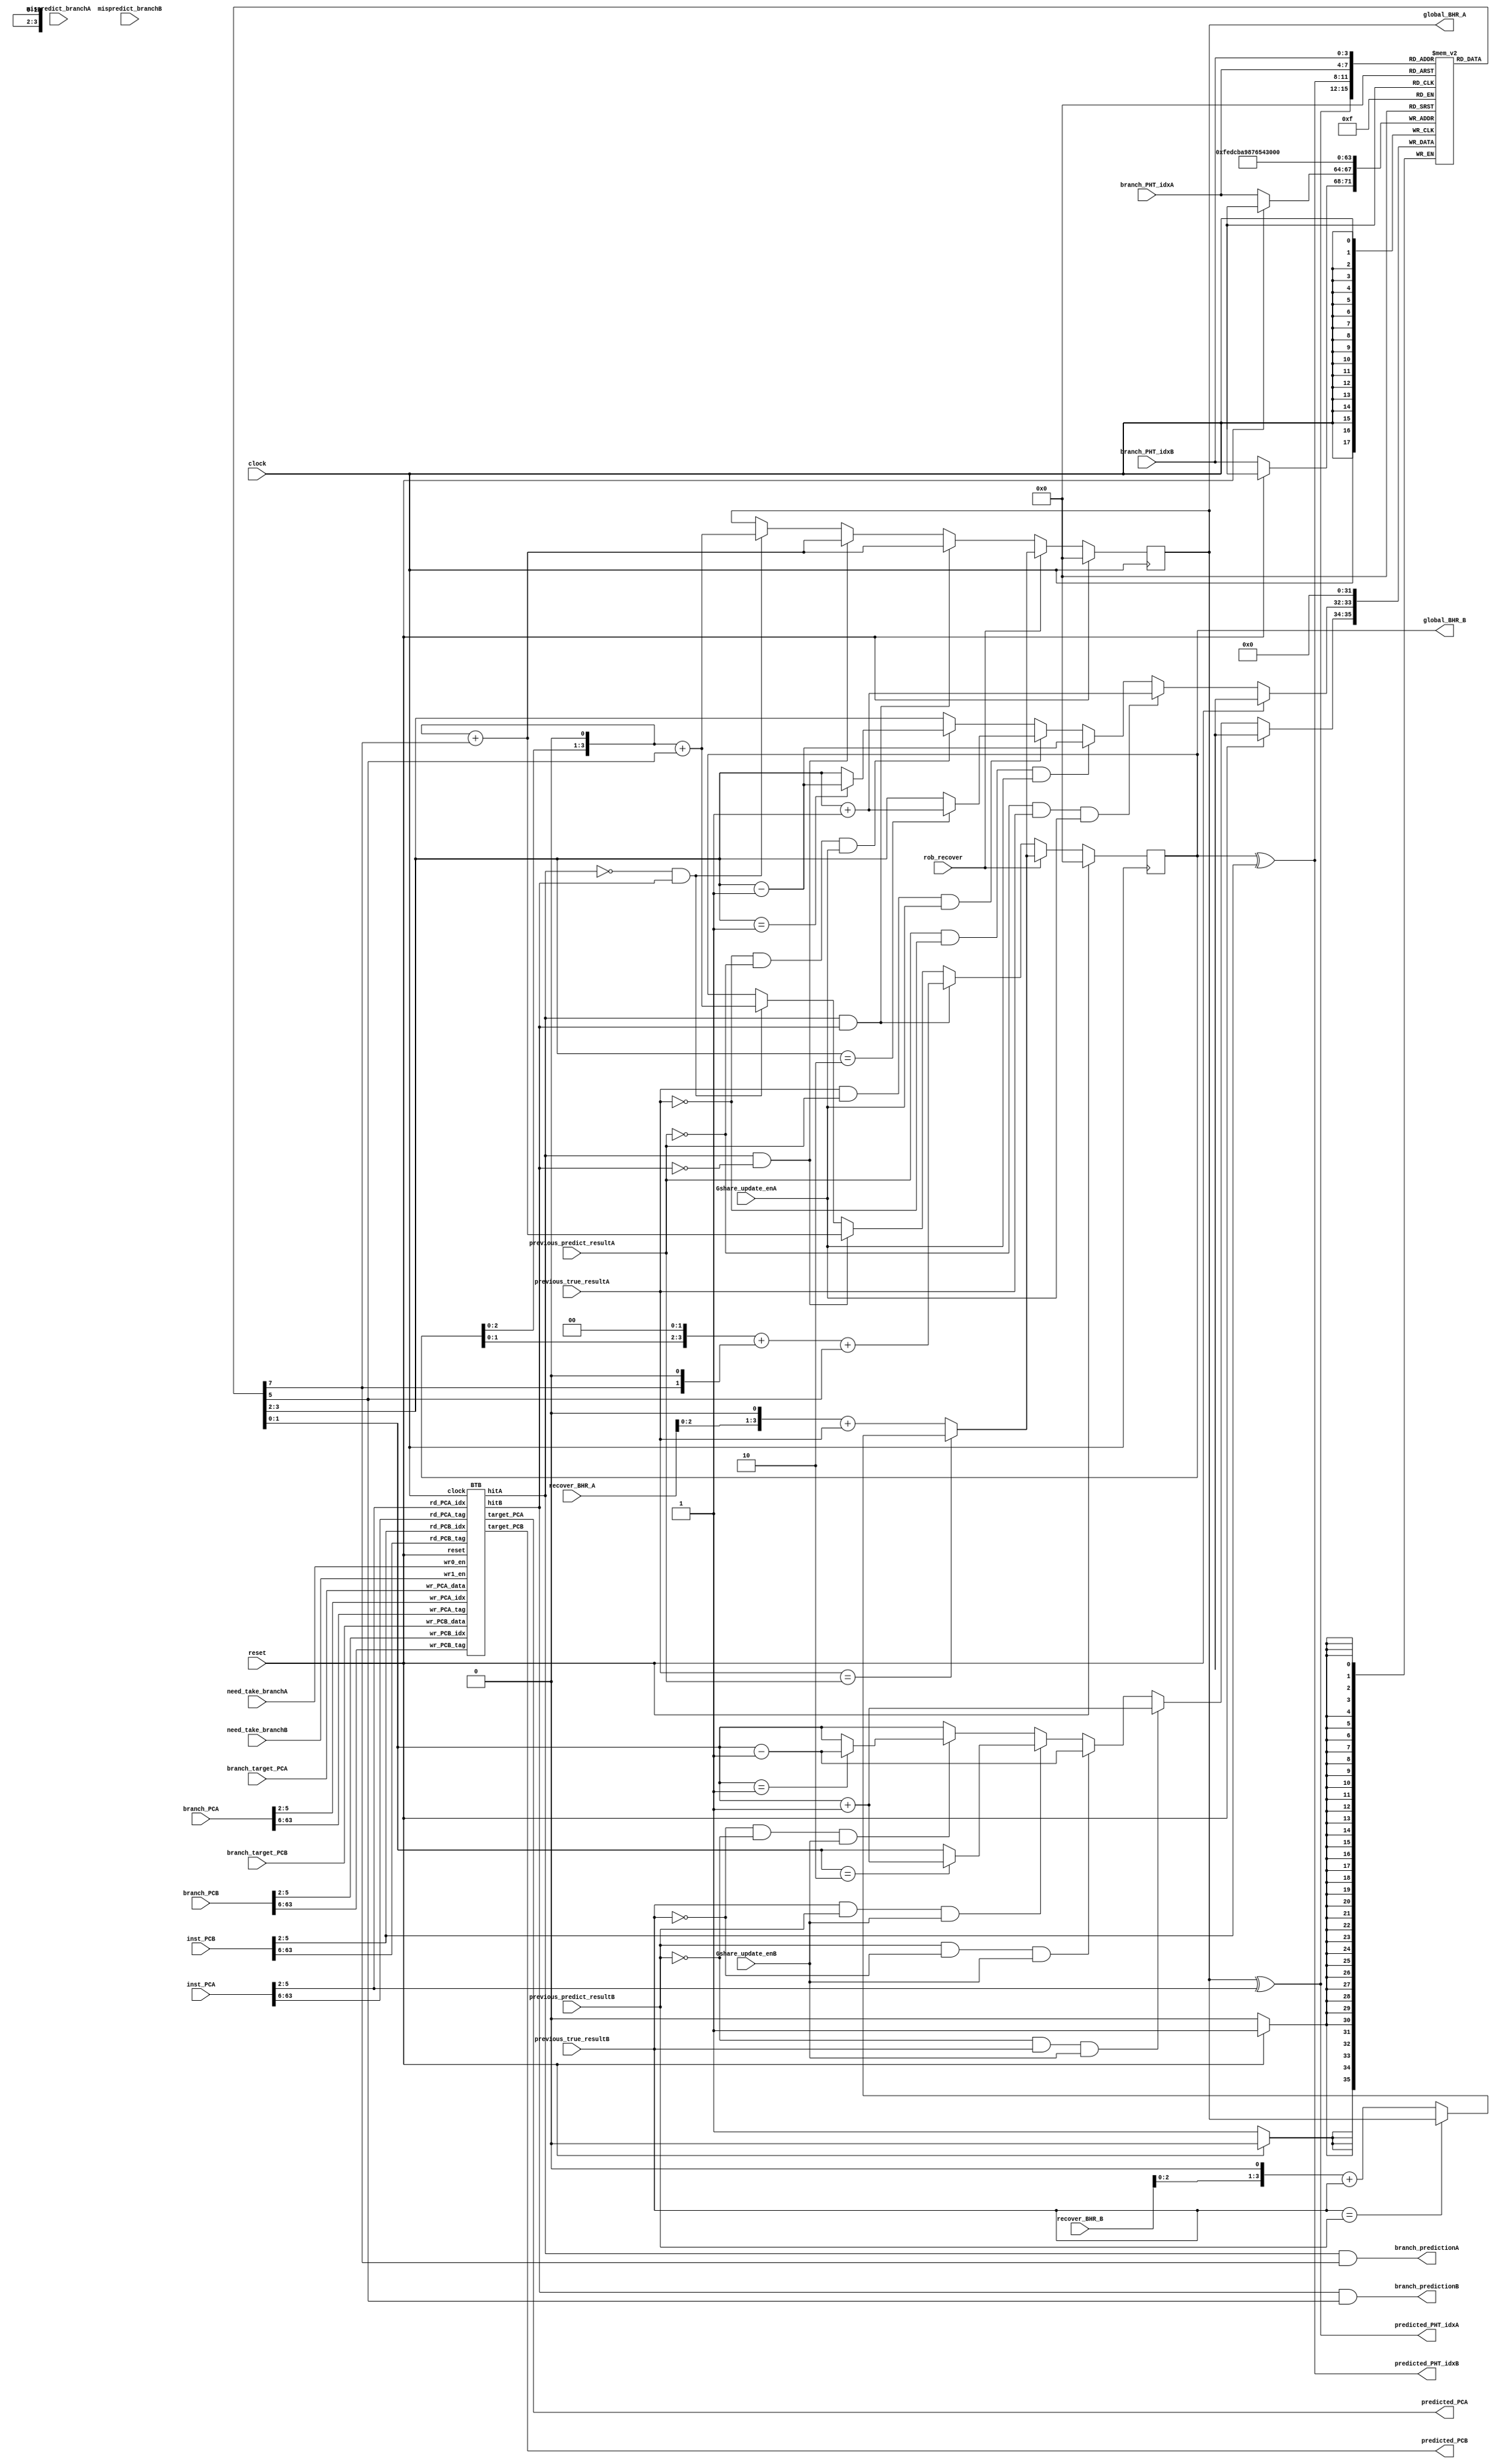
`define SD #1
`define BHRWIDTH	4
`define PHTSIZE		16


module branch_predictor(
				//input
				clock,
				reset,
				need_take_branchA,
				need_take_branchB,
				mispredict_branchA,
				mispredict_branchB,
				branch_PCA,
				branch_PCB,
				branch_target_PCA,
				branch_target_PCB,
				inst_PCA,
				inst_PCB,
				branch_PHT_idxA,
				branch_PHT_idxB,
				previous_true_resultA,
				previous_true_resultB,
				previous_predict_resultA,
			        previous_predict_resultB,
				Gshare_update_enA,			
  				Gshare_update_enB,						

// for branch recovery
				recover_BHR_A,
				recover_BHR_B,
				rob_recover,

				//output
				predicted_PCA,
				predicted_PCB,
				branch_predictionA,
				branch_predictionB,
				predicted_PHT_idxA,
				predicted_PHT_idxB,
// for branch recovery
				global_BHR_A,
				global_BHR_B
		       );



//////////////////////////////////////////////////////////////////////////
//                                                                      //
//                              inputs                                  //
//                                                                      //
//////////////////////////////////////////////////////////////////////////
//
  input			clock;
  input			reset;

// signal need for update BTB and pattern history table
  input	 [63:0]			branch_target_PCA;  		// ex_alu_result
  input	 [63:0]			branch_target_PCB;
  input  [63:0] 		branch_PCA;         		// PC address of checked branch
  input  [63:0] 		branch_PCB;
  input 			need_take_branchA;  		// a)predict not take, but take.b)predict take, actually take, but the target address is wrong
  input 			need_take_branchB;
  input 			mispredict_branchA; 		// predict take, but not take
  input 			mispredict_branchB; 	
  input	 [`BHRWIDTH-1:0]  	branch_PHT_idxA;    		// the index of the pattern history table of checked branch	
  input  [`BHRWIDTH-1:0] 	branch_PHT_idxB;
  input				previous_true_resultA; 		// the true result of checked branch
  input				previous_true_resultB;
  input				previous_predict_resultA;	// the predict result of checked branch
  input				previous_predict_resultB;
  input				Gshare_update_enA;			// is a branch
  input				Gshare_update_enB;			// is a branch

// signal of the instruction need to be predicted in the fetch stage
  input	 [63:0]			inst_PCA;
  input	 [63:0]			inst_PCB;
  input  [`BHRWIDTH-1:0]	recover_BHR_A;
  input  [`BHRWIDTH-1:0]	recover_BHR_B;
  input				rob_recover;
//////////////////////////////////////////////////////////////////////////
//                                                                      //
//                              outputs                                 //
//                                                                      //
//////////////////////////////////////////////////////////////////////////
//
// the predict result
  output  [63:0] 		predicted_PCA;	
  output  [63:0] 		predicted_PCB;
  output        		branch_predictionA;	
  output        		branch_predictionB;	
  output  [`BHRWIDTH-1:0]	predicted_PHT_idxA;
  output  [`BHRWIDTH-1:0]	predicted_PHT_idxB;
  output reg  [`BHRWIDTH-1:0]	global_BHR_A;
  output reg  [`BHRWIDTH-1:0]	global_BHR_B;

//////////////////////////////////////////////////////////////////////////
//                                                                      //
//                              Gshare                                  //
//                                                                      //
//////////////////////////////////////////////////////////////////////////

  reg  [1:0]			pattern_table [`PHTSIZE-1:0];
  reg  [`BHRWIDTH-1:0]		next_global_BHR_A;
  reg  [`BHRWIDTH-1:0]		next_global_BHR_B;
  wire	 			predictor_resultA;
  wire				predictor_resultB; 
  wire  [1:0]			value_bufferA;  
  wire  [`BHRWIDTH-1:0]	  	global_BHR_shift_one_A;
  wire  [`BHRWIDTH-1:0]   	global_BHR_shift_two_A;
  wire  [`BHRWIDTH-1:0]	  	global_BHR_shift_one_B;
  wire  [`BHRWIDTH-1:0]   	global_BHR_shift_two_B;
  wire  [`BHRWIDTH-1:0]		recover_BHR_shift_one_A;
  wire  [`BHRWIDTH-1:0]		recover_BHR_shift_one_B;
  wire  [`BHRWIDTH-1:0]		update_recover_BHR;
  wire				hitA;
  wire				hitB;  
  wire				mispredictA;
  wire				mispredictB;

//update global_BHR
  assign 	recover_BHR_shift_one_A = recover_BHR_A << 1;
  assign 	recover_BHR_shift_one_B = recover_BHR_B << 1;
  assign 	mispredictA = (previous_true_resultA == previous_predict_resultA) ? 0 : 1;
  assign 	mispredictB = (previous_true_resultB == previous_predict_resultB) ? 0 : 1;  
  assign	predicted_PHT_idxA = global_BHR_A ^ inst_PCA[`BHRWIDTH + 1:2];
  assign	predicted_PHT_idxB = global_BHR_B ^ inst_PCB[`BHRWIDTH + 1:2]; 
  assign	predictor_resultA = pattern_table[predicted_PHT_idxA][1];
  assign	predictor_resultB = pattern_table[predicted_PHT_idxB][1];
  assign	value_bufferA = { predictor_resultA , 1'b0 };
  assign	update_recover_BHR = mispredictA ? (recover_BHR_shift_one_A + previous_true_resultA) : mispredictB ? (recover_BHR_shift_one_B + previous_true_resultB) : global_BHR_A; // recover BHR with right value
  assign 	global_BHR_shift_one_A = global_BHR_A << 1;
  assign 	global_BHR_shift_two_A = global_BHR_A << 2;
  assign	global_BHR_shift_one_B = global_BHR_B << 1;
  assign	global_BHR_shift_two_B = global_BHR_B << 2;


// update global_BHR corresponds to the correct value when there is no rob recovery    
  always @*
  begin
		next_global_BHR_A = global_BHR_A;
		next_global_BHR_B = global_BHR_B;

			if (hitA && hitB)// both of the inst is branch
			begin
				next_global_BHR_A =  global_BHR_shift_one_B + predictor_resultA;
				next_global_BHR_B =  global_BHR_shift_two_B + value_bufferA + predictor_resultB;
				//global_BHR[3] <= `SD previous_true_resultB;
				//global_BHR[2] <= `SD previous_true_resultA;
				//global_BHR[1] <= `SD global_BHR[3];
				//global_BHR[0] <= `SD global_BHR[2];
			end 
			else if (hitA && !hitB)
			begin
				next_global_BHR_A =  global_BHR_shift_one_B + predictor_resultA;
				next_global_BHR_B =  global_BHR_shift_one_B + predictor_resultA;

				//global_BHR[3] <= `SD previous_true_resultA;
				//global_BHR[2] <= `SD global_BHR[3];
				//global_BHR[1] <= `SD global_BHR[2];
				//global_BHR[0] <= `SD global_BHR[1];
			end
			else if (!hitA && hitB)
			begin
				next_global_BHR_A =  global_BHR_shift_one_B + predictor_resultB;
				next_global_BHR_B =  global_BHR_shift_one_B + predictor_resultB;

				//global_BHR[3] <= `SD previous_true_resultB;
				//global_BHR[2] <= `SD global_BHR[3];
				//global_BHR[1] <= `SD global_BHR[2];
				//global_BHR[0] <= `SD global_BHR[1];
			end	
		
  end 
 
  always @(posedge clock)
  begin
		if (reset)
			global_BHR_A <= `SD `BHRWIDTH'd0;
		else if (rob_recover)
			global_BHR_A <= `SD update_recover_BHR;
		else 
			global_BHR_A <= `SD next_global_BHR_A;


		if (reset)
			global_BHR_B <= `SD `BHRWIDTH'd0;
		else if (rob_recover)
			global_BHR_B <= `SD update_recover_BHR;
		else 
			global_BHR_B <= `SD next_global_BHR_B;			
  end





/*************************************************/
//Pattern history table:
// N:00, n:01, t:10 , T:11

  reg [1:0]	next_PHT_valueA;
  reg [1:0]	next_PHT_valueB;

  always @*
  begin
		next_PHT_valueA = pattern_table[branch_PHT_idxA];

		// predict = 0, actual = 1
		if(!previous_predict_resultA && previous_true_resultA && Gshare_update_enA) 
		begin
			next_PHT_valueA = pattern_table[branch_PHT_idxA] + 1;
		end

		// predict = 1, actual = 0
		else if(previous_predict_resultA && !previous_true_resultA && Gshare_update_enA ) 
		begin   
			next_PHT_valueA = pattern_table[branch_PHT_idxA] - 1;
		end

		// predict = 1, actual = 1
		else if(previous_true_resultA && previous_predict_resultA && Gshare_update_enA) 
		begin
			if (pattern_table[branch_PHT_idxA] == 2'b10) 
			begin
				next_PHT_valueA = pattern_table[branch_PHT_idxA] + 1;
			end 
		end

		// predict = 0, actual = 0
		else if(!previous_true_resultA && !previous_predict_resultA && Gshare_update_enA)
		begin
			if (pattern_table[branch_PHT_idxA] == 2'b01) 
			begin
				next_PHT_valueA = pattern_table[branch_PHT_idxA] - 1;
			end 
		end	
  end
  

  always @*
  begin
		next_PHT_valueB = pattern_table[branch_PHT_idxB];

		// predict = 0, actual = 1
		if(!previous_predict_resultB && previous_true_resultB && Gshare_update_enB) 
		begin
			next_PHT_valueB = pattern_table[branch_PHT_idxB] + 1;
		end

		// predict = 1, actual = 0
		else if(previous_predict_resultB && !previous_true_resultB && Gshare_update_enB) 
		begin   
			next_PHT_valueB = pattern_table[branch_PHT_idxB] - 1;
		end

		// predict = 1, actual = 1
		else if(previous_true_resultB && previous_predict_resultB && Gshare_update_enB) 

		begin
			if (pattern_table[branch_PHT_idxB] == 2'b10) 
			begin
				next_PHT_valueB = pattern_table[branch_PHT_idxB] + 1;
			end 
		end

		// predict = 0, actual = 0
		else if(!previous_true_resultB && !previous_predict_resultB && Gshare_update_enB)
		begin
			if (pattern_table[branch_PHT_idxB] == 2'b01) 
			begin
				next_PHT_valueB = pattern_table[branch_PHT_idxB] - 1;
			end 
		end	
  end
  

  reg [`BHRWIDTH : 0]	i;

  always @(posedge clock)
  begin
	if (reset)
	begin

		for (i= 0 ; i < `PHTSIZE ; i = i + 1)
		begin
			pattern_table[i] <= `SD 2'd0;
		end

	end

	else
	begin
		pattern_table[branch_PHT_idxA] <= `SD next_PHT_valueA; 
		pattern_table[branch_PHT_idxB] <= `SD next_PHT_valueB; 
	end
  end
/*************************************************/

//////////////////////////////////////////////////////////////////////////
//                                                                      //
//                              predict result                          //
//                                                                      //
//////////////////////////////////////////////////////////////////////////
//
//
BTB BTB_1 (		
		.clock(clock), 
		.reset(reset), 
		.wr0_en(need_take_branchA), 
		.wr1_en(need_take_branchB), 
		.wr_PCA_tag(branch_PCA[63:6]),
		.wr_PCB_tag(branch_PCB[63:6]), 
		.wr_PCA_idx(branch_PCA[5:2]),
		.wr_PCB_idx(branch_PCB[5:2]), 
		.wr_PCA_data(branch_target_PCA),
                .wr_PCB_data(branch_target_PCB),
		.rd_PCA_tag(inst_PCA[63:6]),
	        .rd_PCB_tag(inst_PCB[63:6]),
		.rd_PCA_idx(inst_PCA[5:2]),
		.rd_PCB_idx(inst_PCB[5:2]), 
		.target_PCA(predicted_PCA),
		.target_PCB(predicted_PCB),
		.hitA(hitA),
		.hitB(hitB)
	    );


  assign	branch_predictionA = hitA & predictor_resultA; // Gshare predict take and hit in BTB
  assign	branch_predictionB = hitB & predictor_resultB;




endmodule





// For this type of BTB, do not need to delete the entry if mispredicted

module BTB(
			clock, 
			reset, 
			wr0_en, 
			wr1_en, 
			wr_PCA_tag,
			wr_PCB_tag, 
			wr_PCA_idx,
			wr_PCB_idx, 
			wr_PCA_data,
                        wr_PCB_data,
			rd_PCA_tag,
	                rd_PCB_tag,
			rd_PCA_idx,
			rd_PCB_idx, 

//output
			target_PCA,
			target_PCB,
			hitA,
			hitB);
//16 lines, 64 bit data (PC address)
// 2 bit byte offset, 4 bit index (16), 58 bit tag

input clock;
input reset;
input wr0_en;
input wr1_en;
input [3:0] wr_PCA_idx;
input [3:0] rd_PCA_idx;
input [57:0] wr_PCA_tag;
input [57:0] rd_PCA_tag; //current PC address
input [63:0] wr_PCA_data; //
input [3:0] wr_PCB_idx;
input [3:0] rd_PCB_idx;
input [57:0] wr_PCB_tag;
input [57:0] rd_PCB_tag;
input [63:0] wr_PCB_data; 


output [63:0] target_PCA; // data read from the cache
output [63:0] target_PCB; // data read from the cache
output hitA; //hit!
output hitB; //hit!


reg [63:0] data [15:0];
reg [57:0] tags [15:0]; 
reg [15:0] valids;

assign target_PCA = data[rd_PCA_idx];
assign target_PCB = data[rd_PCB_idx];
assign hitA = valids[rd_PCA_idx] && (tags[rd_PCA_idx] == rd_PCA_tag);
assign hitB = valids[rd_PCB_idx] && (tags[rd_PCB_idx] == rd_PCB_tag);// there is data in this line and the tag matches (hit!)


always @(posedge clock)
begin
  if(reset) valids <= `SD 16'b0;
  else 
    begin
	if (wr0_en) 
    		valids[wr_PCA_idx] <= `SD 1; //this line is modified, set the valid bit to be one
	if (wr1_en)
    		valids[wr_PCB_idx] <= `SD 1; 
    end
end


always @(posedge clock)
begin
  if(wr0_en && !((wr_PCA_idx == wr_PCB_idx) && wr1_en) ) // will not write at the same time
  begin
    data[wr_PCA_idx] <= `SD wr_PCA_data;
    tags[wr_PCA_idx] <= `SD wr_PCA_tag;
  end
	
  if(wr1_en)
  begin
    data[wr_PCB_idx] <= `SD wr_PCB_data;
    tags[wr_PCB_idx] <= `SD wr_PCB_tag;
  end
end

endmodule